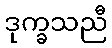
ဒုက္ခသညီ